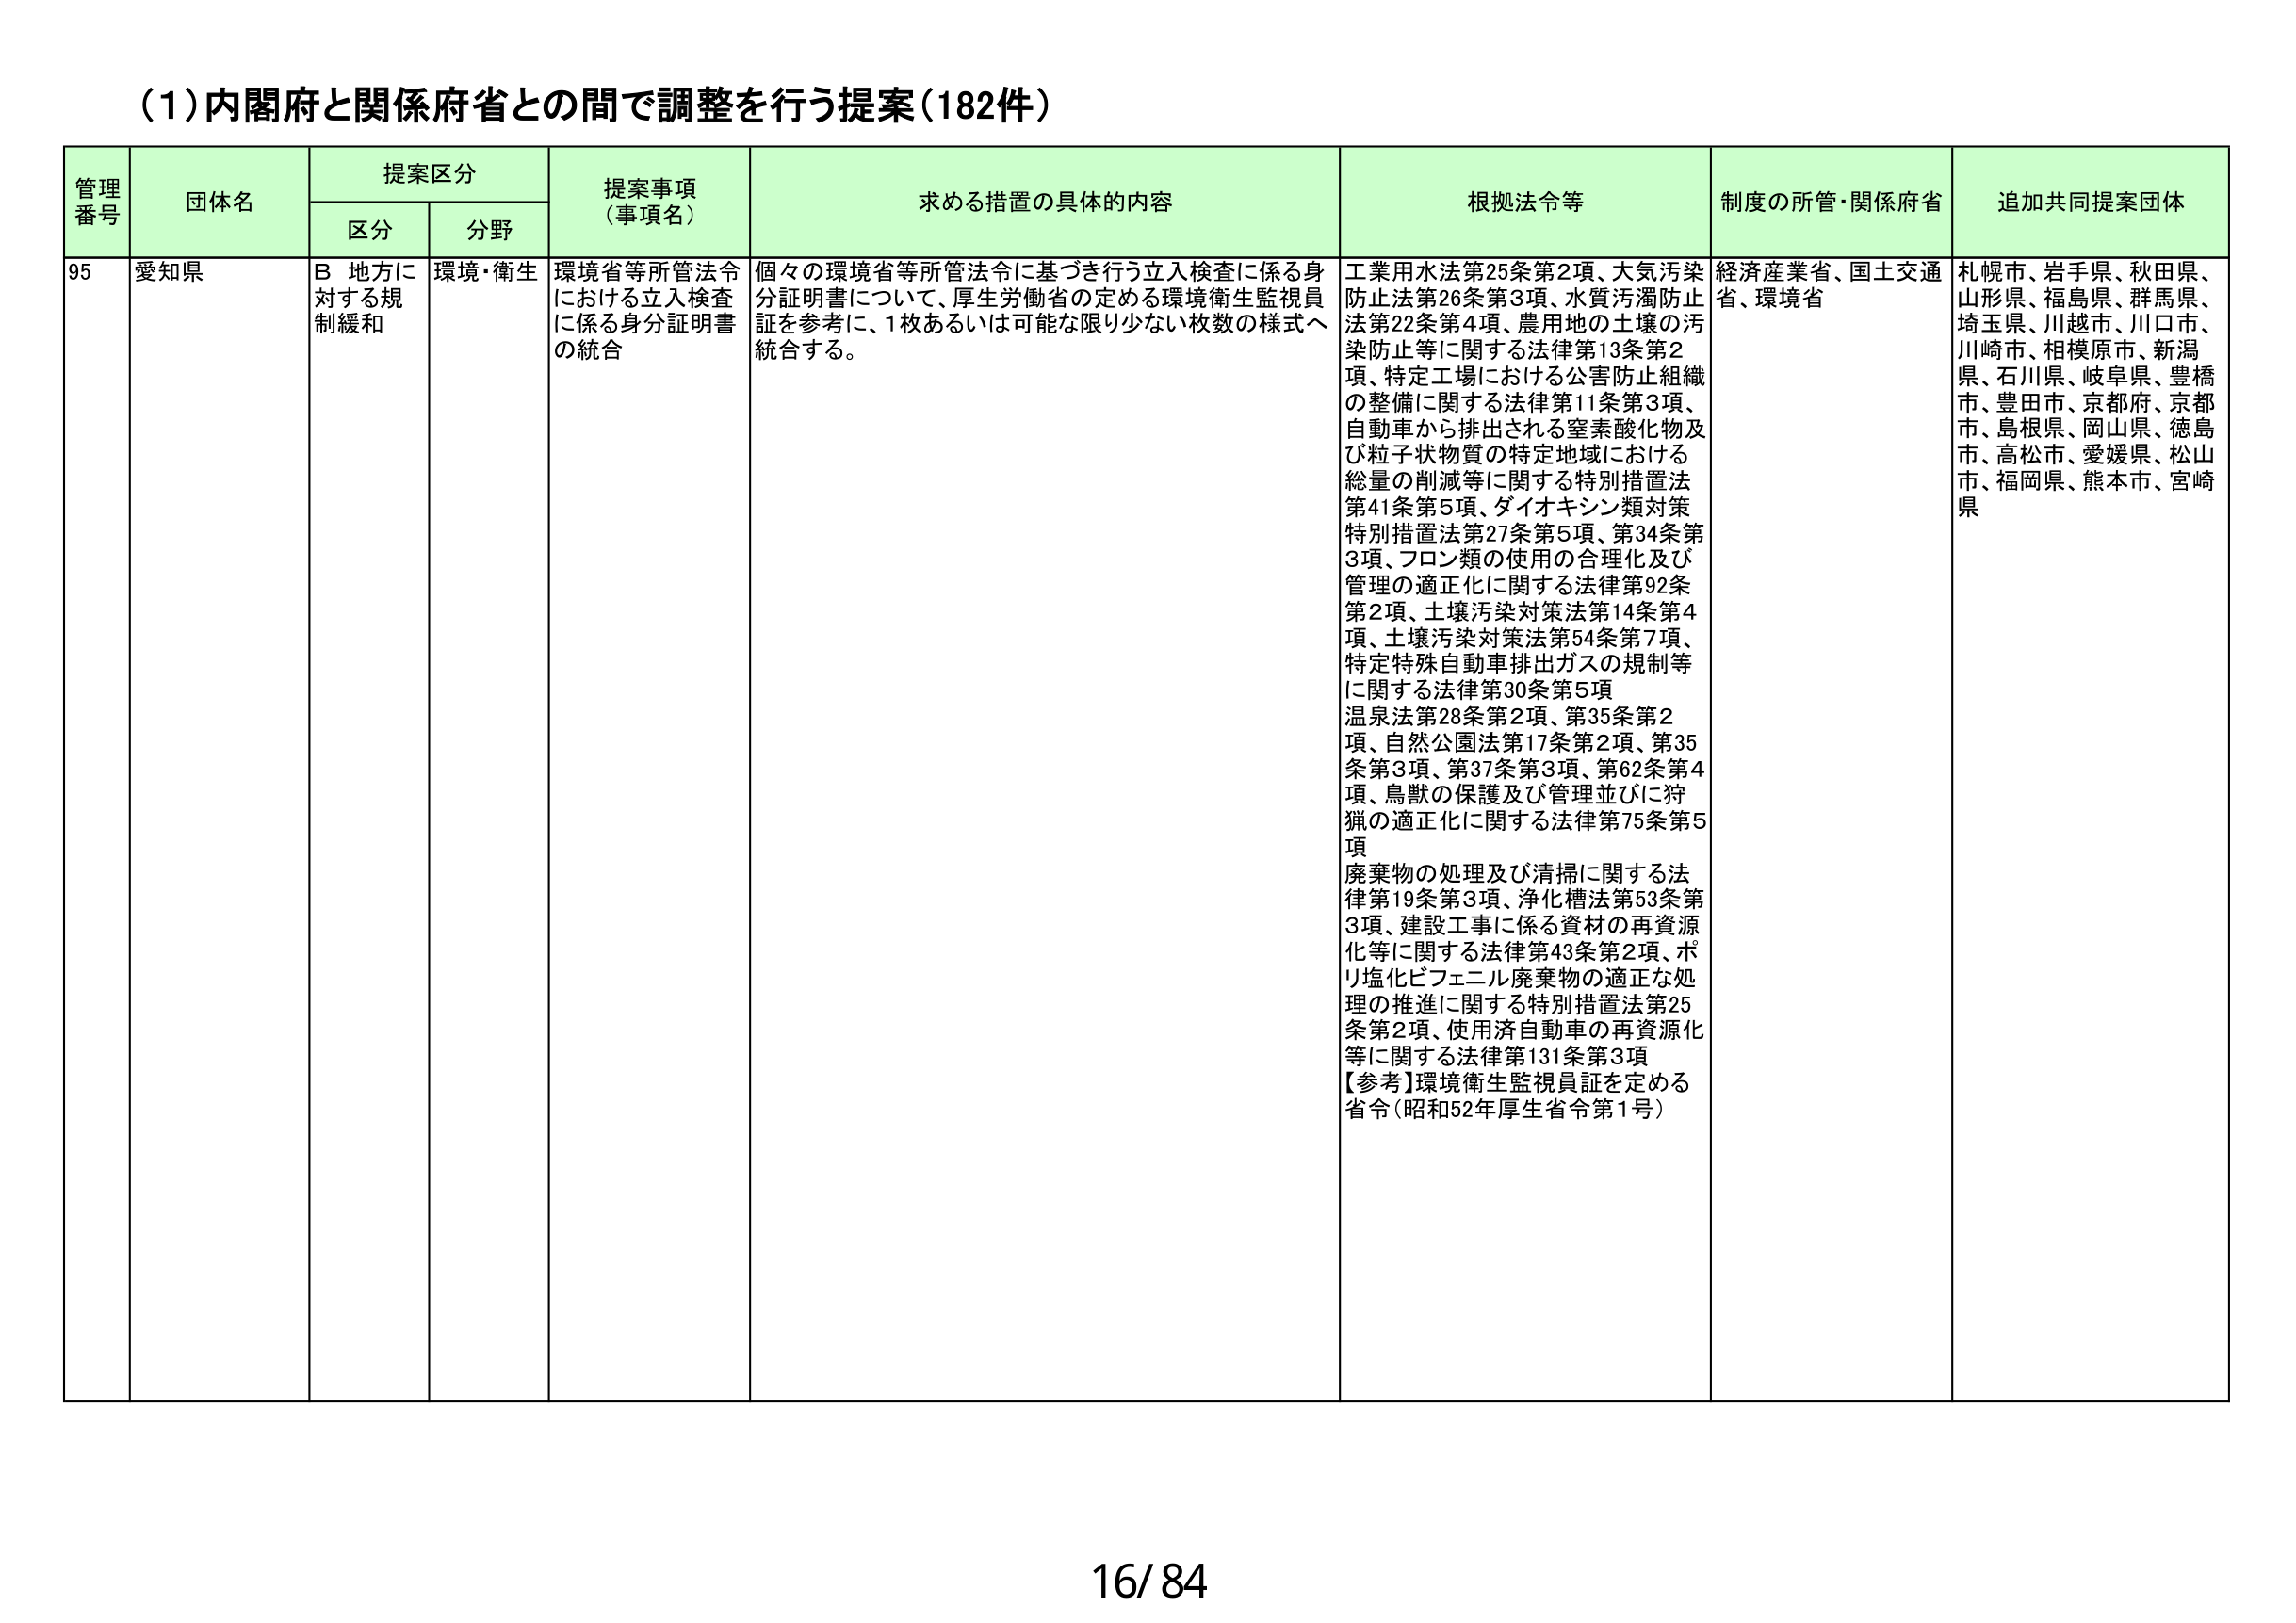
(1)内閣府と関係府省との間で調整を行う提案（182件）

管理番号　団体名　提案区分　提案事項（事項名）　求める措置の具体的内容　根拠法令等　制度の所管・関係府省　追加共同提案団体
　　　　　　区分　分野

95　愛知県　B 地方に対する規制緩和　環境・衛生　環境省等所管法令における立入検査に係る身分証明書の統合　個々の環境省等所管法令に基づき行う立入検査に係る身分証明書について、厚生労働省の定める環境衛生監視員証を参考に、1枚あるいは可能な限り少ない枚数の様式へ統合する。　工業用水法第25条第2項、大気汚染防止法第26条第3項、水質汚濁防止法第22条第4項、農用地の土壌の汚染防止等に関する法律第13条第2項、特定工場における公害防止組織の整備に関する法律第11条第3項、自動車から排出される窒素酸化物及び粒子状物質の特定地域における総量の削減等に関する特別措置法第41条第5項、ダイオキシン類対策特別措置法第27条第5項、第34条第3項、フロン類の使用の合理化及び管理の適正化に関する法律第92条第2項、土壌汚染対策法第14条第4項、土壌汚染対策法第54条第7項、特定特殊自動車排出ガスの規制等に関する法律第30条第5項　温泉法第28条第2項、第35条第2項、自然公園法第17条第2項、第35条第3項、第37条第3項、第62条第4項、鳥獣の保護及び管理並びに狩猟の適正化に関する法律第75条第5項　廃棄物の処理及び清掃に関する法律第19条第3項、浄化槽法第53条第3項、建設工事に係る資材の再資源化等に関する法律第43条第2項、ポリ塩化ビフェニル廃棄物の適正な処理の推進に関する特別措置法第25条第2項、使用済自動車の再資源化等に関する法律第131条第3項　【参考】環境衛生監視員証を定める省令（昭和52年厚生省令第1号）　経済産業省、国土交通省、環境省　札幌市、岩手県、秋田県、山形県、福島県、群馬県、埼玉県、川越市、川口市、川崎市、相模原市、新潟県、石川県、岐阜県、豊橋市、豊田市、京都府、京都市、島根県、岡山県、徳島市、高松市、愛媛県、松山市、福岡県、熊本市、宮崎県

16/84